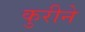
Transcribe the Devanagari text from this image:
कुरीने